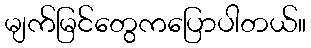
မျက်မြင်တွေကပြောပါတယ်။